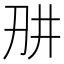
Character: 𭃎